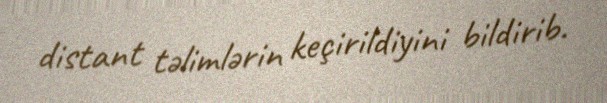
distant təlimlərin keçirildiyini bildirib.